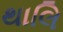
થાલિ